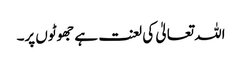
اللہ تعالیٰ کی لعنت ہے جھوٹوں پر۔